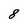
Character: 8